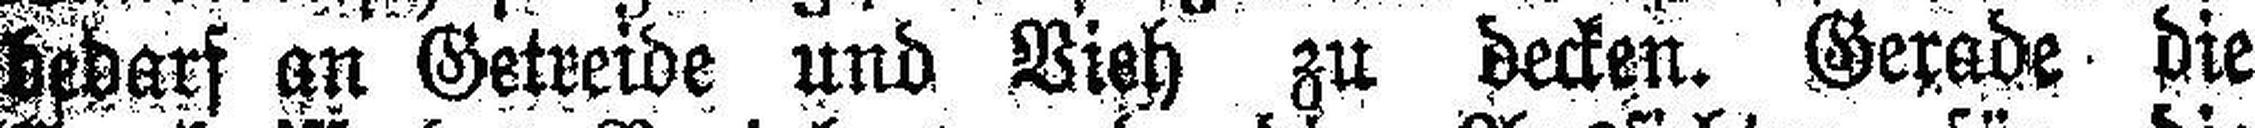
bedarf an Getreide und Vieh zu decken. Gerade die